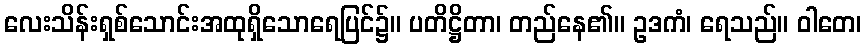
လေးသိန်းရှစ်သောင်းအထုရှိသောရေပြင်၌။ ပတိဋ္ဌိတာ၊ တည်နေ၏။ ဥဒကံ၊ ရေသည်။ ဝါတေ၊